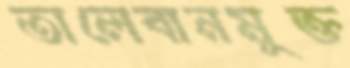
তালেবানমুক্ত